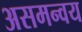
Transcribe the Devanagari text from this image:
असमन्वय